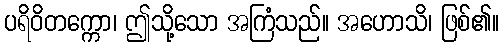
ပရိဝိတက္ကော၊ ဤသို့သော အကြံသည်။ အဟောသိ၊ ဖြစ်၏။